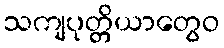
သကျပုတ္တိယာတွေဝ